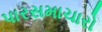
પારસમાચારો